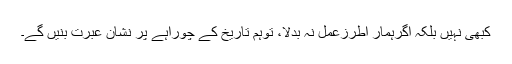
کبھی نہیں بلکہ اگرہمار اطرزعمل نہ بدلا، توہم تاریخ کے چوراہے پر نشان عبرت بنیں گے۔